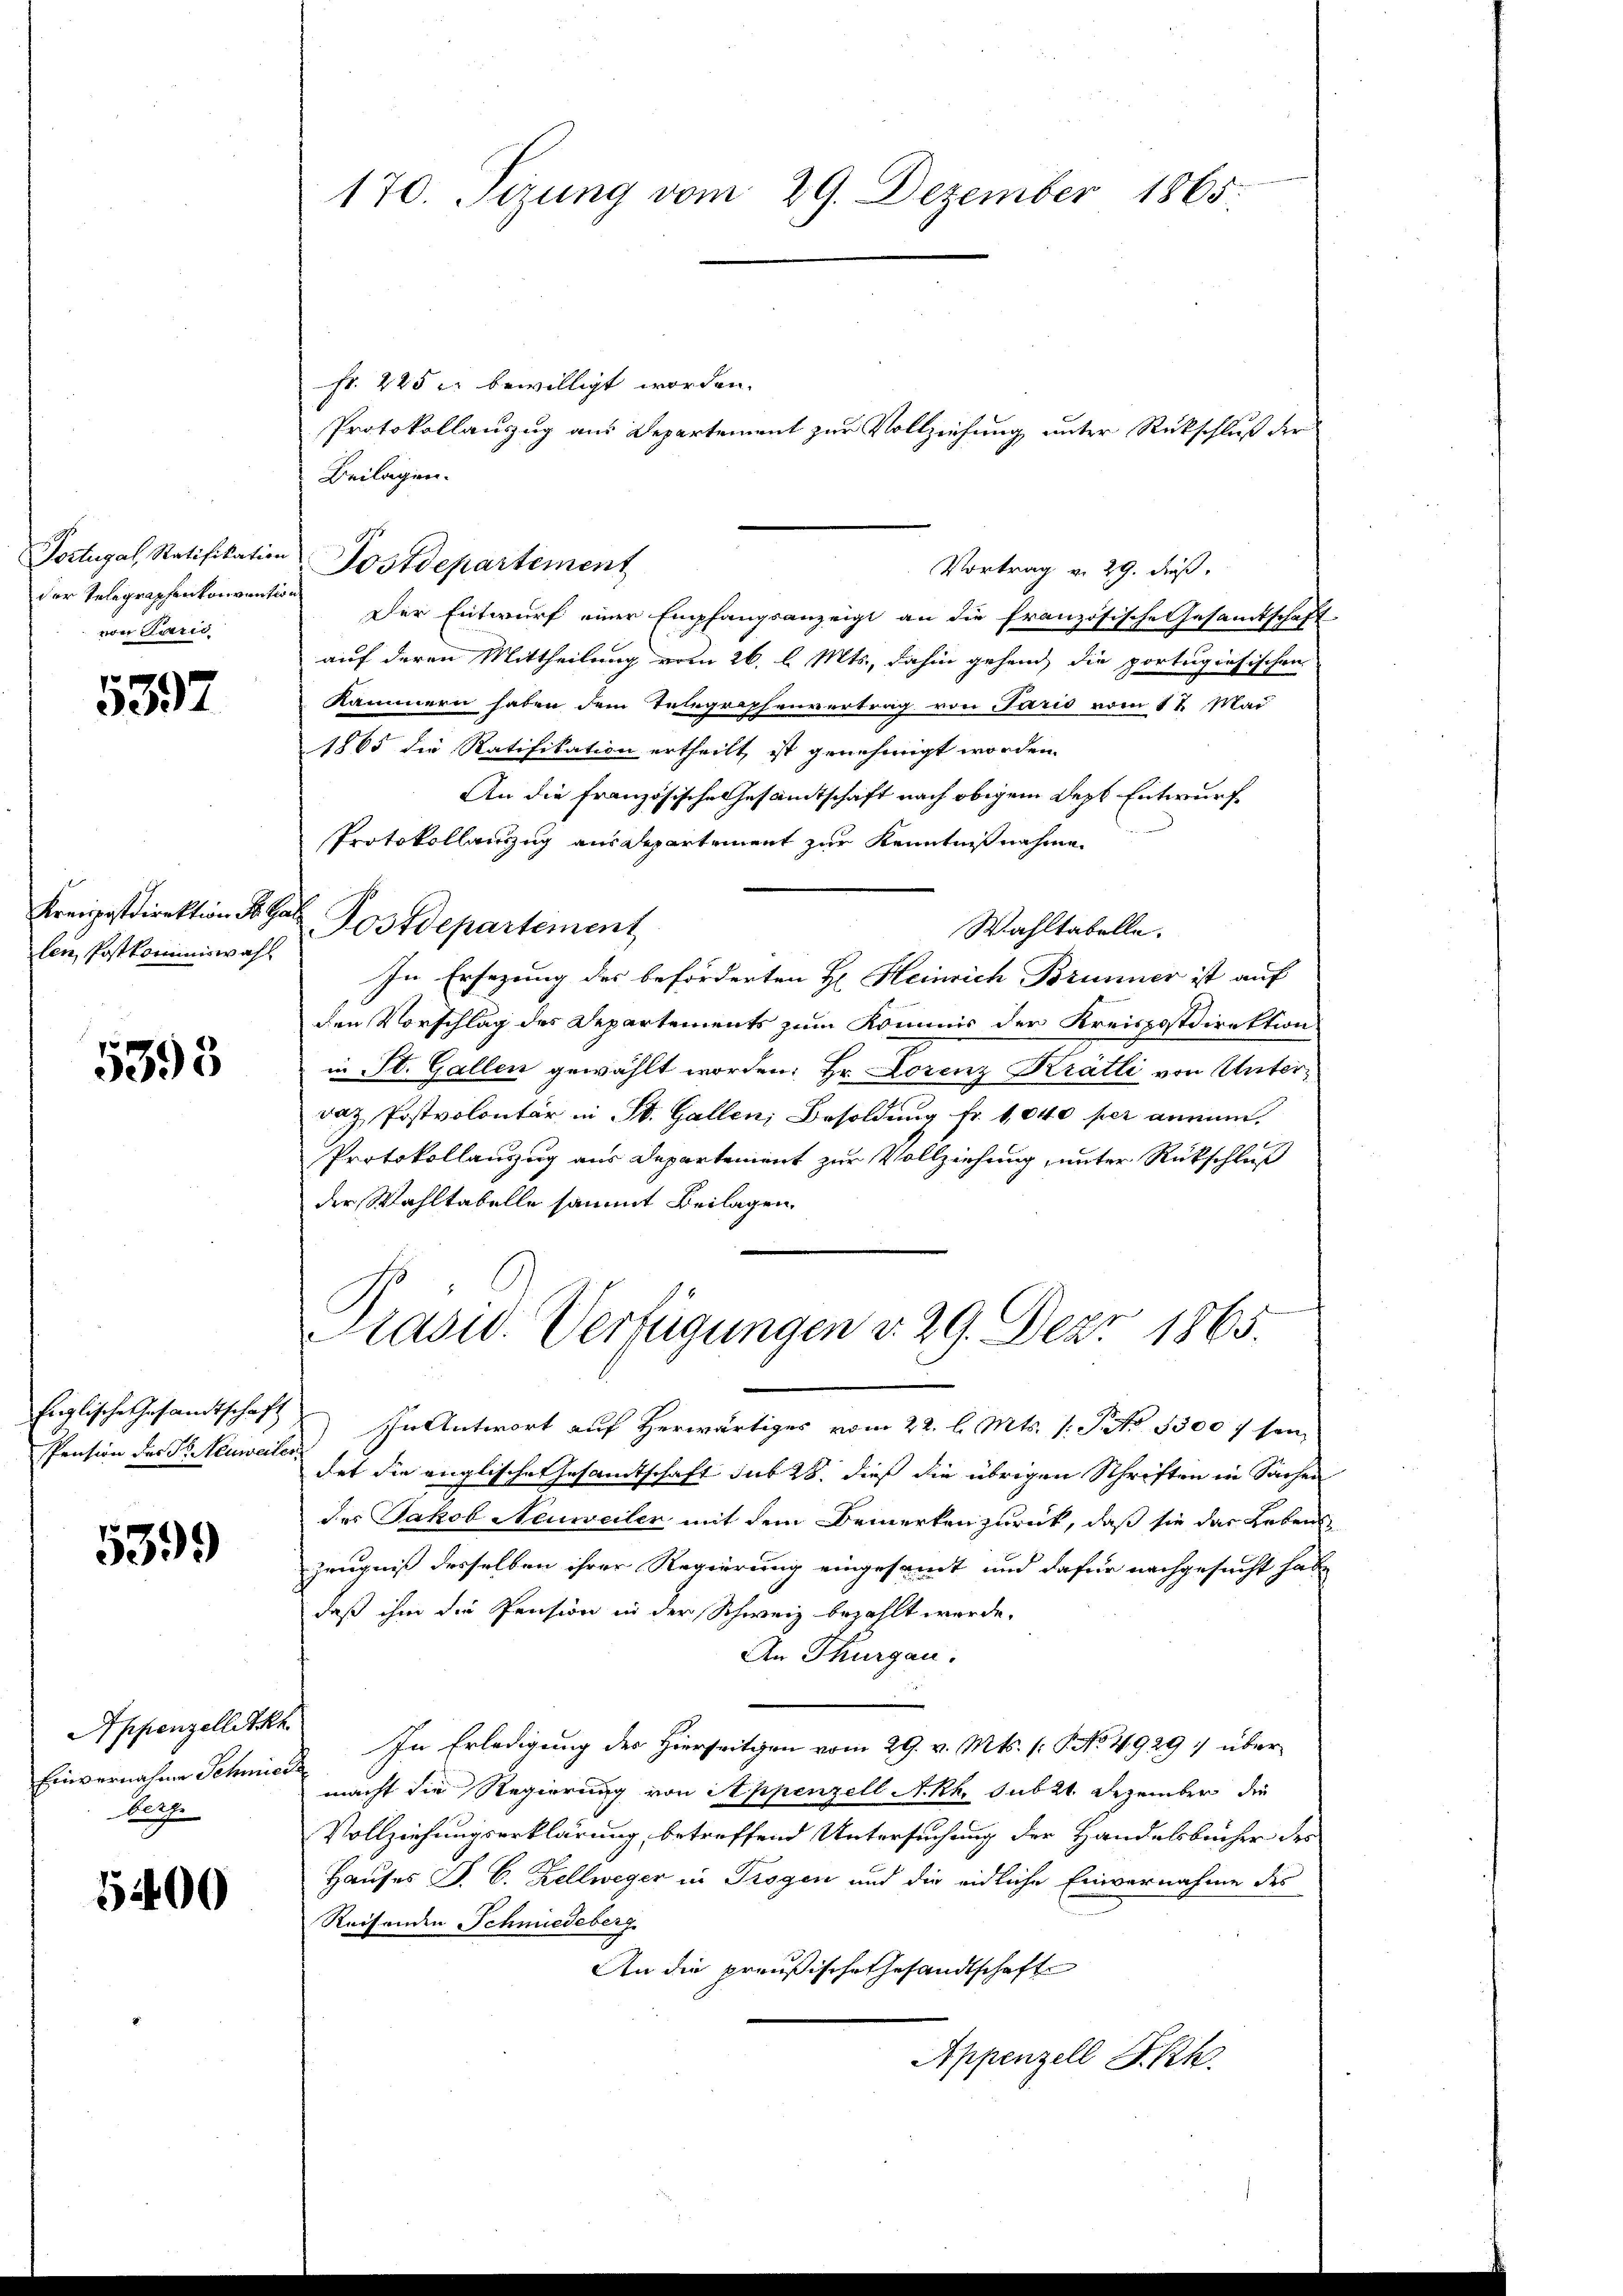
Portugal, Ratifikation
der Telegraphenkonvention
von Parić

5397

len Postkommniswahl

5395

Englische Gesandtschaft
Pension der St. Neuweiter

5399

Appenzellitkh
Einvernahme Schmiede
berg.

5400

170. Tizung vom 29. Dezember 1865.

Fr. 225 c. bewilligt worden.
Protokollauszug aus Departement zur Vollziehung unter Rückschluß der
Beilagen.
Vortrag v. 29. dß.
Der Entwurf einer Empfangsanzeigt an die französische Gesamtschaft
auf deren Mittheilung vom 26. l. Mts., dahin gehend die portugiosischen
Kammern haben dem Telegraphenvertrag von Paris vom 1t Mai
1865 die Ratifikation ertheilt, ist genehmigt worden,
An die französische Gesamtschaft nach obigem Sept Entwurf
Protokollauszug aus Departement zur Kenntnißnahme
Kreispostdirektion Sr. Hab Postdepartement
Wahltabelle.
In Ersezung des beförderten H. Heinrich Brunner ist auf
den Vorschlag des Departements zum Kommis der Kreispostdirektion
in St. Gallen gewählt worden. Hr. Lorenz Krätli von Unterdaz Postvolontär in St. Gallen; Besoldung fr. 1040 per annen.
Protokollanzug aus Departement zur Vollziehung, unter Rückschluß
der Wahltabelle sammt Beilagen.
Prasid. Verfügungen v. 29. Dez. 1865.
In Antwort auf herwärtiges vom 22. l. Mts. (: P. Nr. 1300 f sei,
det die englisches Gesamtschaft sub 28. dieß die übrigen Schriften in Sachen
des Jakob Neuweiler mit dem Bemerken zurück, daß sie das Leben
Zeugniß desselben ihrer Regierung eingesamt und dafür nachgesucht habe
daß ihm die Pension in der Schweiz bezahlt werde.
An Thurgau.
In Erledigung des Hierseitgen vom 29. v. Mts. (: P. No. 4929 :/ über
macht die Regierung von Appenzell A.Rh. sub 21. Dezember die
Vollziehungserklärung, betreffend Untersuchung der Handelsbücher der
Hauses P. C. Zellweger in Trogen und die eidliche Einvernahme des
Reisenden Schmiedeberg
An die preußische Ehesandtschafte
Appenzell I.Rh.

Postdepartement